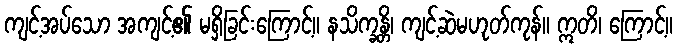
ကျင့်အပ်သော အကျင့်၏ မရှိခြင်းကြောင့်။ နသိက္ခန္တိ၊ ကျင့်ဆဲမဟုတ်ကုန်။ ဣတိ၊ ကြောင့်။